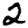
Digit: 2